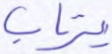
يرتاب